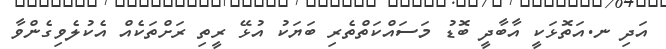
އަދި ނ.އަތޮޅަކީ އާބާދީ ބޮޑު މަސައްކަތްތެރި ބަޔަކު އުޅޭ ރީތި ރަށްތަކެއް އެކުލެވިގެންވާ